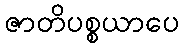
ဇာတိပစ္စယာပေ